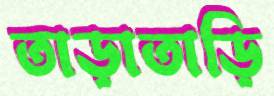
তাড়াতাড়ি